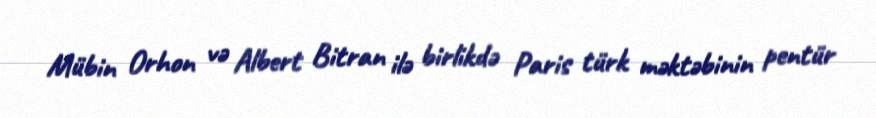
Mübin Orhon və Albert Bitran ilə birlikdə Paris türk məktəbinin pentür